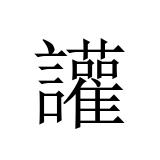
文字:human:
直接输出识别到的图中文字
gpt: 讙